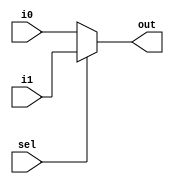
module mux2X1
(
	input  wire [7:0] i0,
	input  wire [7:0] i1,
	input  wire       sel,
	output wire [7:0] out
);

assign out = (sel)? i1:i0;

endmodule